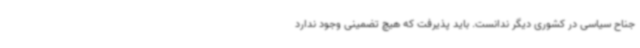
جناح سیاسی در کشوری دیگر ندانست. باید پذیرفت که هیچ تضمینی وجود ندارد